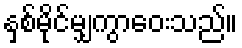
နှစ်မိုင်မျှကွာဝေးသည်။